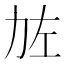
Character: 𠡃